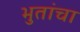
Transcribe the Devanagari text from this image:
भुतांचा